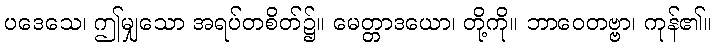
ပဒေသေ၊ ဤမျှသော အရပ်တစိတ်၌။ မေတ္တာဒယော၊ တို့ကို။ ဘာဝေတဗ္ဗာ၊ ကုန်၏။